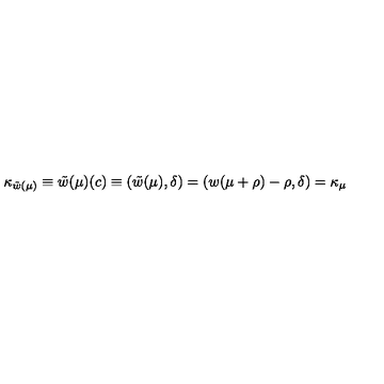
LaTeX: \kappa _ { \tilde { w } ( \mu ) } \equiv \tilde { w } ( \mu ) ( c ) \equiv ( \tilde { w } ( \mu ) , \delta ) = ( w ( \mu + \rho ) - \rho , \delta ) = \kappa _ { \mu }